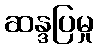
ဆန္ဒပြမှု